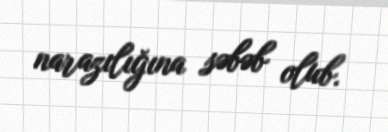
narazılığına səbəb olub.